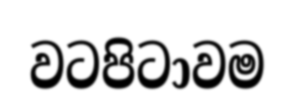
වටපිටාවම